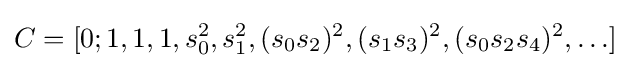
C=[0;1,1,1,s_{0}^{2},s_{1}^{2},(s_{0}s_{2})^{2},(s_{1}s_{3})^{2},(s_{0}s_{2}s_{4})^{2},\ldots ]